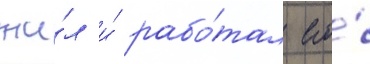
жи́л и́ рабо́тал его́